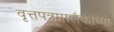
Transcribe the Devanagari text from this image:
वृत्तपत्रमालकांच्या